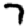
Digit: 7